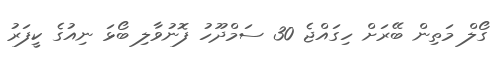
ގޯލް މަތިން ބޭރަށް ހިގައްޖެ 30 ސަމްދޫހު ފޮނުވާލި ބޯޅަ ނިއުގެ ކީފަރު